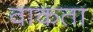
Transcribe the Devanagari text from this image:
वाकता